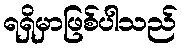
ရရှိမှာဖြစ်ပါသည်